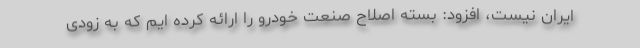
ایران نیست، افزود: بسته اصلاح صنعت خودرو را ارائه کرده ایم که به زودی